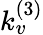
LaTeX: k_{v}^{(3)}